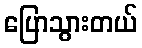
ပြောသွားတယ်